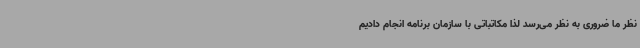
نظر ما ضروری به نظر می‌رسد لذا مکاتباتی با سازمان برنامه انجام دادیم